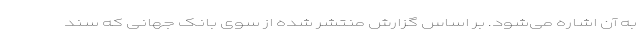
به آن اشاره می‌شود. بر اساس گزارش منتشر شده از سوی بانک جهانی که سند